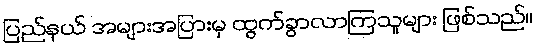
ပြည်နယ် အများအပြားမှ ထွက်ခွာလာကြသူများ ဖြစ်သည်။